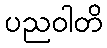
ပညဝါတိ